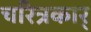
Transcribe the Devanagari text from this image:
चरित्रकार्